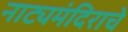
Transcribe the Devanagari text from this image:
नाट्यमंदिराचे